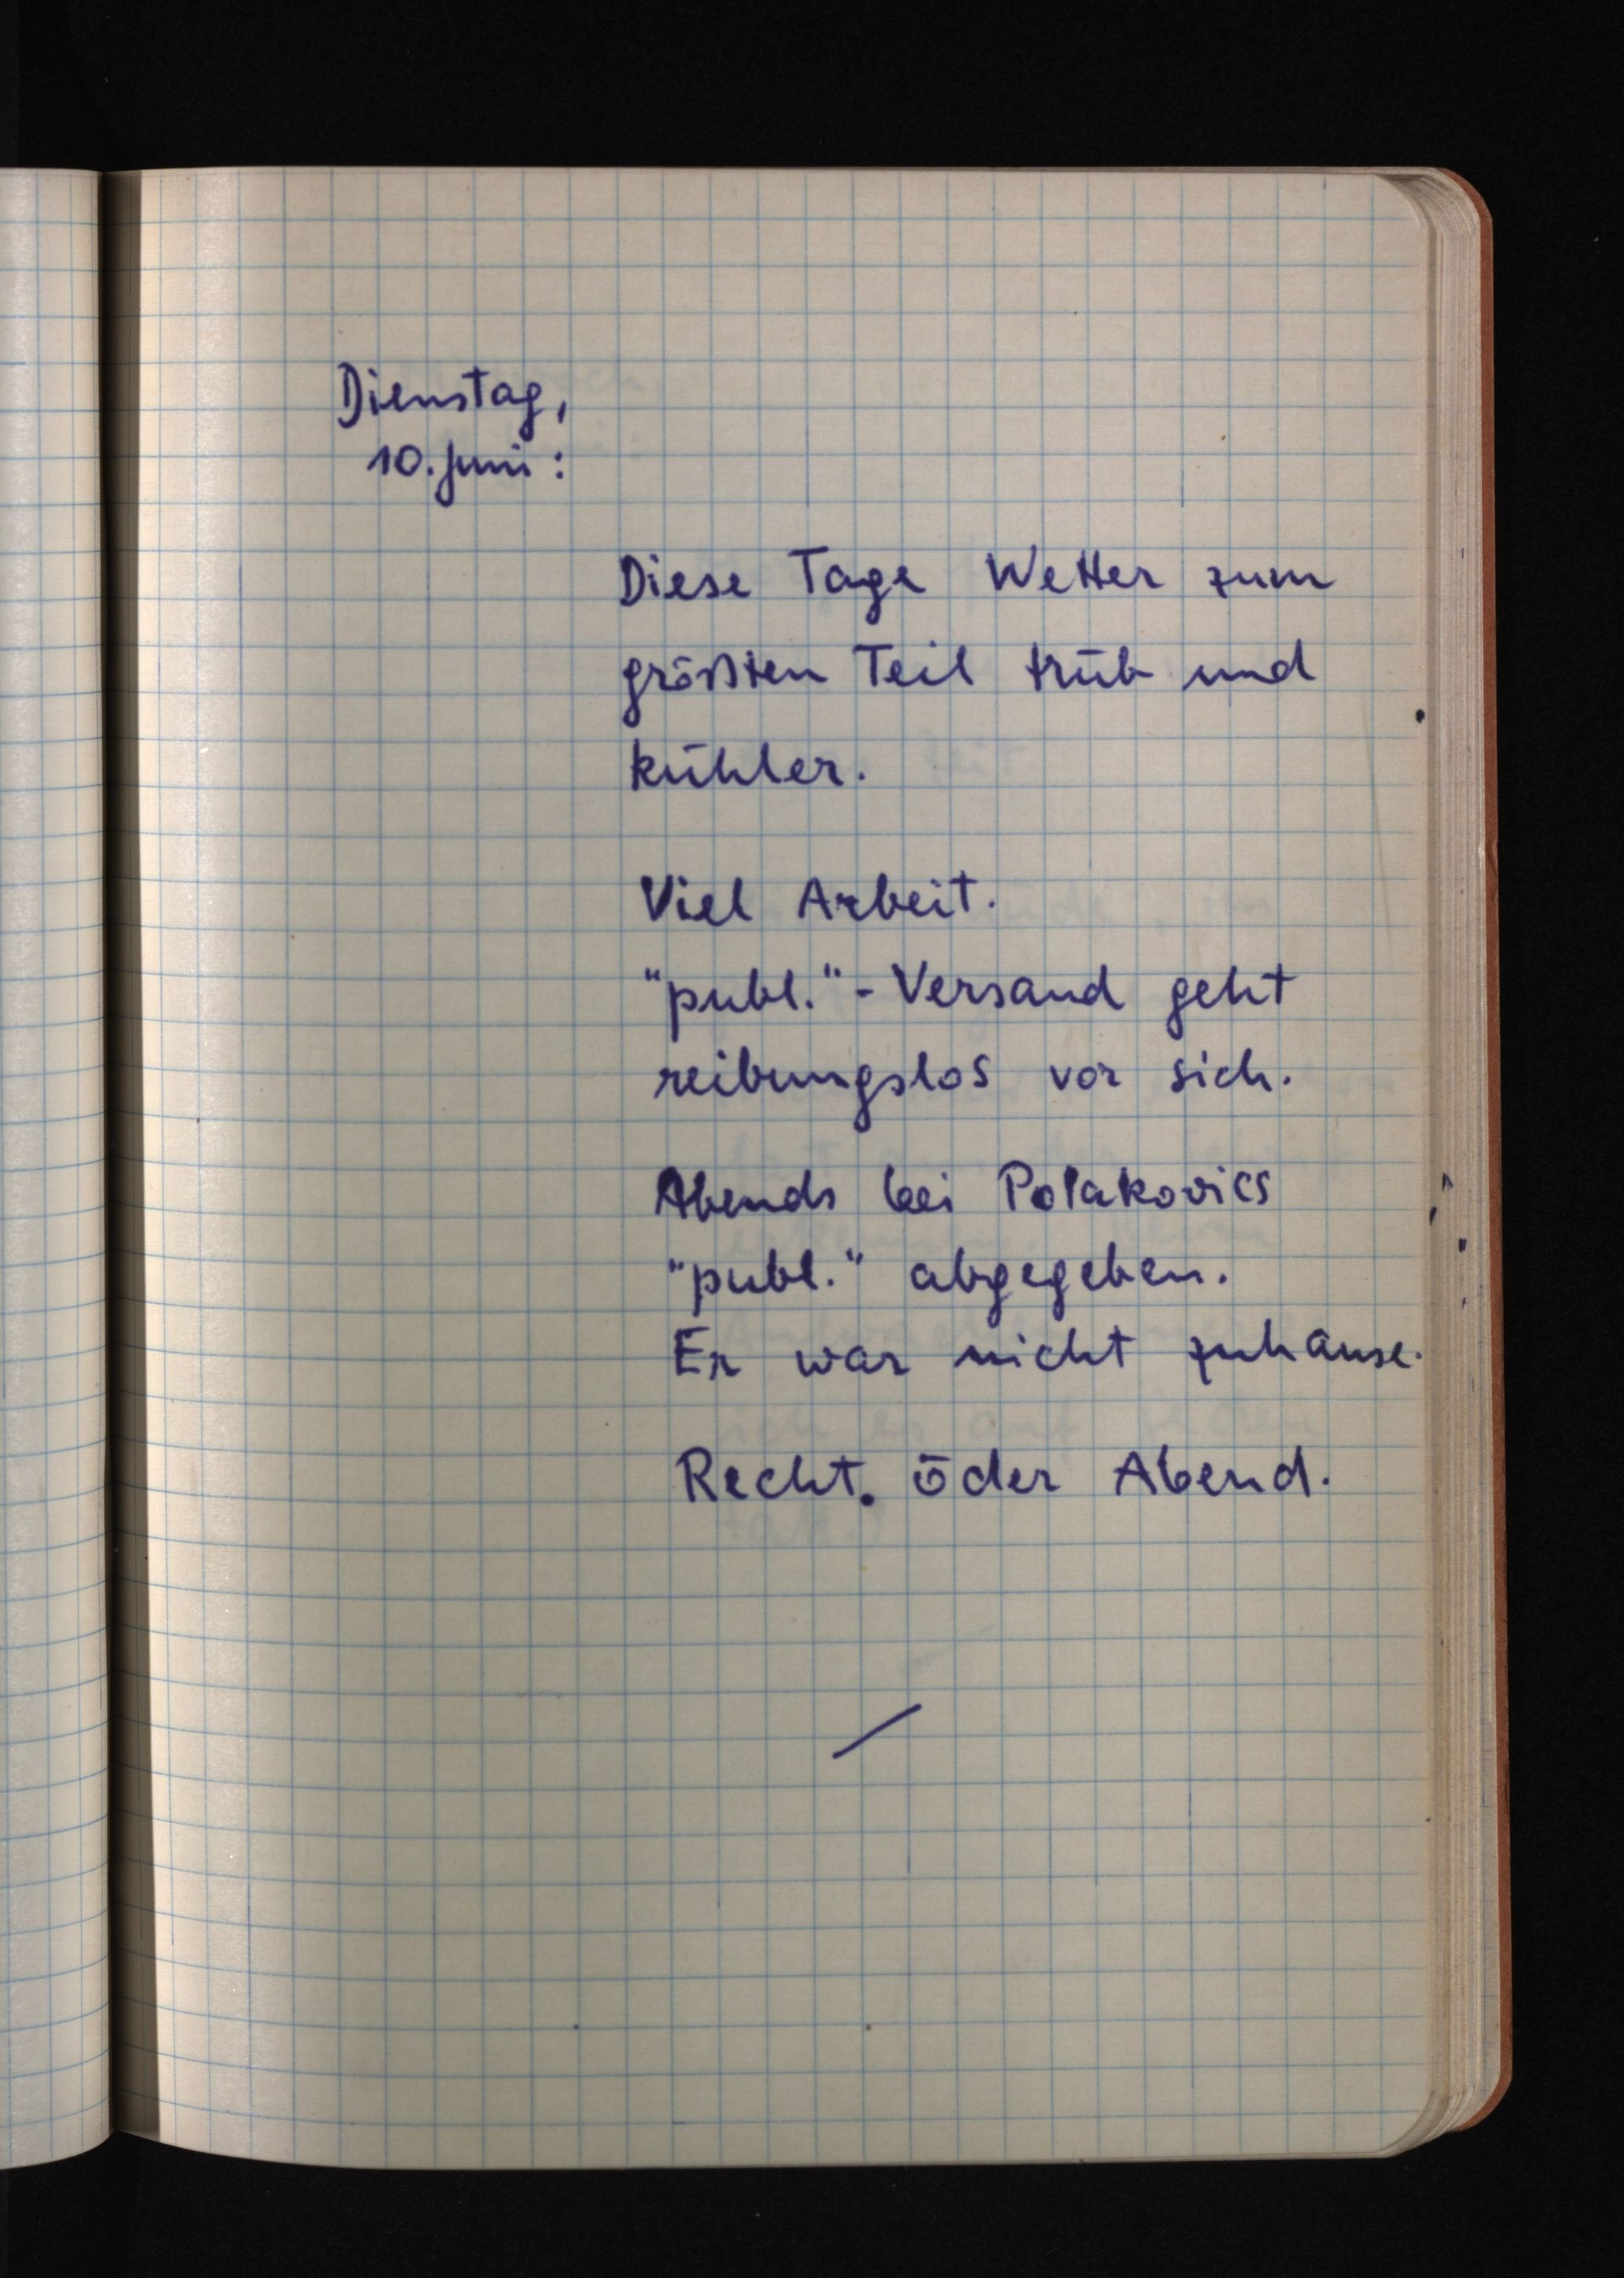
Dienstag,
10. Juni:
Diese Tage Wetter zum
größten Teil trüb und
kühler.
Viel Arbeit.
"publ."-Versand geht
reibungslos vor sich.
Abends bei Polakovics
"publ." abgegeben.
Er war nicht zuhause.
Recht öder Abend.